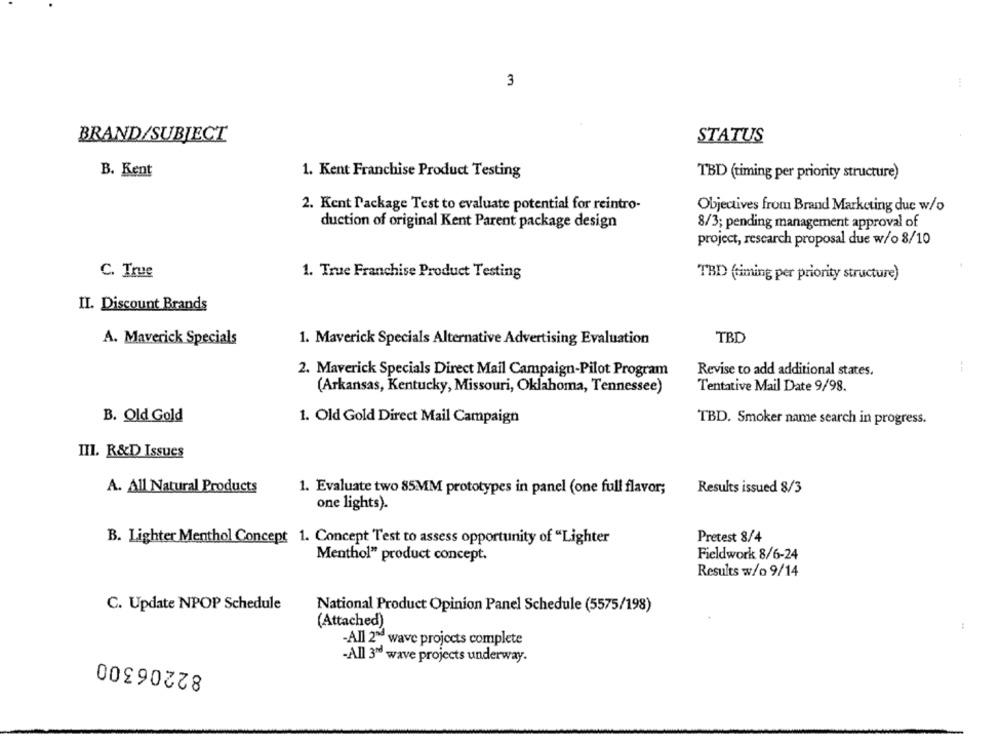
3
BRAND/SUBJECT
STATUS
B. Kent
1. Kent Franchise Product Testing
TBD (timing per priority structure)
2. Kent Package Test to evaluate potential for reintro-
Objectives from Brand Marketing due w/o
duction of original Kent Parent package design
8/3; pending management approval of
project, research proposal due w/o 8/10
C. True
1. True Franchise Product Testing
TBD (timing per priority structure)
II. Discount Brands
A. Maverick Specials
1. Maverick Specials Alternative Advertising Evaluation
TBD
Revise to add additional states.
2. Maverick Specials Direct Mail Campaign-Pilot Program
(Arkansas, Kentucky, Missouri, Oklahoma, Tennessee)
Tentative Mail Date 9/98.
B. Old Gold
1. Old Gold Direct Mail Campaign
TBD. Smoker name search in progress.
III. R&D Issues
A. All Natural Products
Results issued 8/3
1. Evaluate two 85MM prototypes in panel (one full flavor;
one lights).
B. Lighter Menthol Concept 1. Concept Test to assess opportunity of "Lighter
Pretest 8/4
Menthol" product concept.
Fieldwork 8/6-24
Results w/o 9/14
C. Update NPOP Schedule
National Product Opinion Panel Schedule (5575/198)
(Attached)
-All 2" wave projects complete
82206300
-All 3" wave projects underway.